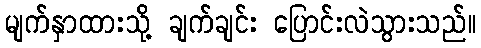
မျက်နှာထားသို့ ချက်ချင်း ပြောင်းလဲသွားသည်။